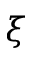
\xi